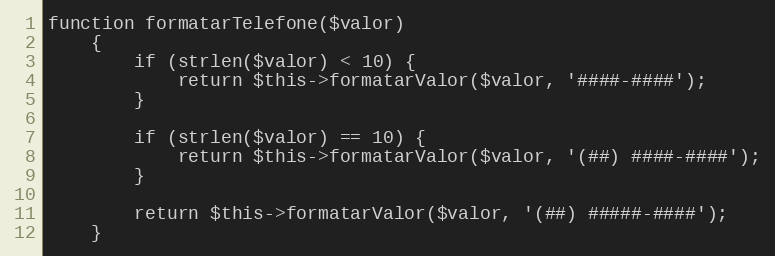
Language: PHP
function formatarTelefone($valor)
    {
        if (strlen($valor) < 10) {
            return $this->formatarValor($valor, '####-####');
        }

        if (strlen($valor) == 10) {
            return $this->formatarValor($valor, '(##) ####-####');
        }

        return $this->formatarValor($valor, '(##) #####-####');
    }